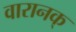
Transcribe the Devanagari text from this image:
वारानक्